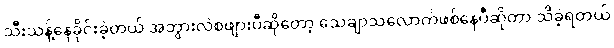
သီးသန့်နေခိုင်းခဲ့တယ် အဘွားလဲစဖျားပီဆိုတော့ သေချာသလောက်ဖစ်နေပီဆိုတာ သိခဲ့ရတယ်